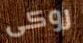
روكى